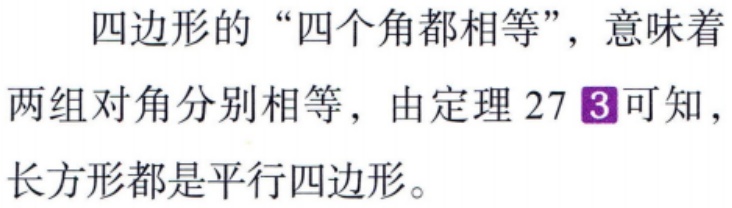
四边形的“四个角都相等”，意味着两组对角分别相等，由定理 27 \textcircled{3}可知，长方形都是平行四边形。